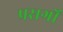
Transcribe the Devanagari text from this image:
प्रसर्गों